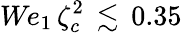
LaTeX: \textit{We}_{1}\, \zeta_{c}^{2}\, \lesssim\, 0.35